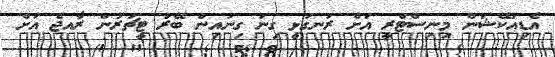
އެޑިއުކޭޝަން މިނިސްޓްރީ އަށް ރަނގަޅީ ގިނަ ގިނައިން ބޭރު ޓީޗަރުން ރާއޖެ އަށް